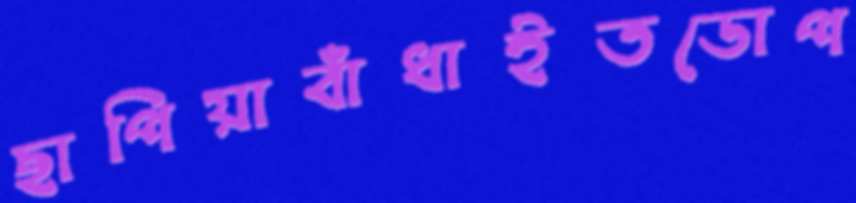
ছাপিয়াবাঁধাইতডোপ